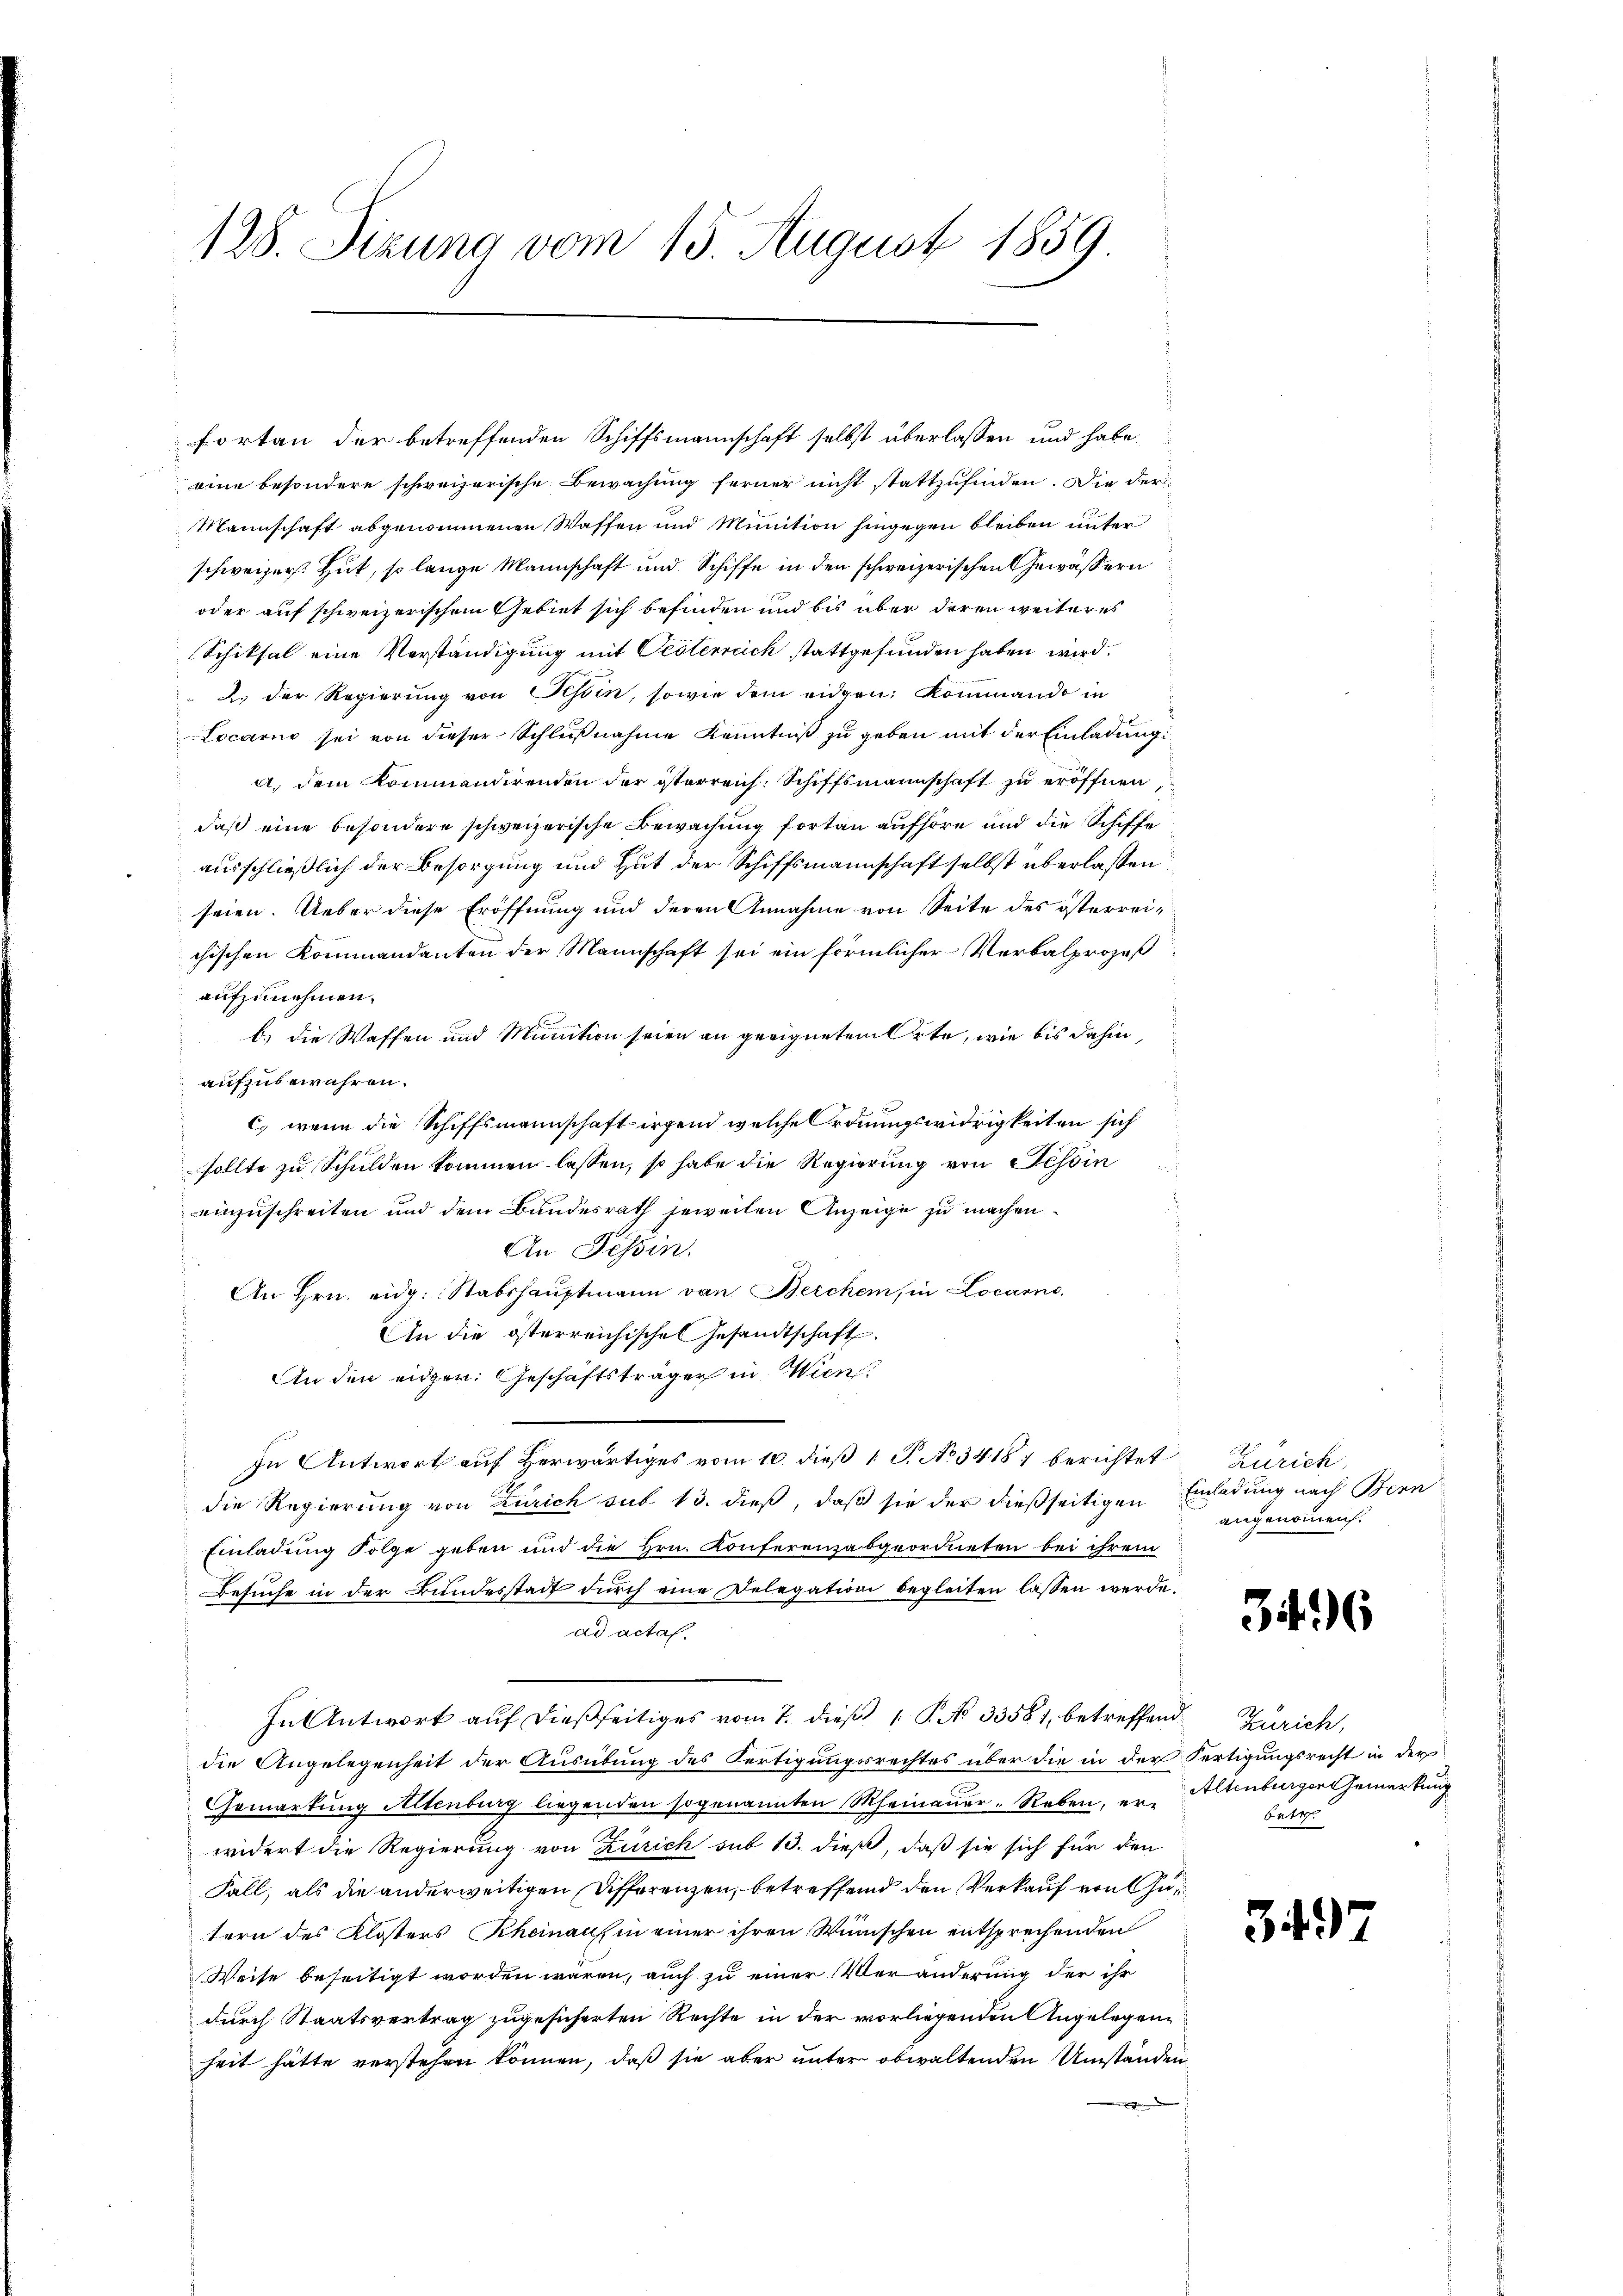
128. Sizung vom 15. August 1859.

fortan der betreffenden Schiffsmannschaft selbst überlassen und habe
eine besondere schweizerische Bewachung ferner nicht stattzufinden. Die der
Mannschaft abgenommenen Waffen und Munition hingegen bleiben unter
schweizer. Hut, so lange Mannschaft und Schiffe in den schweizerischen Gewässern
oder auf schweizerischem Gebiet sich befinden und bis über deren weiteres
Schiksal eine Verständigung mit Oesterreich stattgefunden haben wird.
2. der Regierŭng von Tessin, sowie dem eidgen: Kommando in
Locarno sei von dieser Schlußnahme Kenntniß zu geben mit der Einladung
a. dem Kommandirenden der österreich: Schiffsmannschaft zu eröffnen
daß eine besondere schweizerische Bewachung fortan aufhöre und die Schiffe
ausschließlich der Besorgung und Gut der Schiffsmannschaft selbst überlassen
seien. Ueber diese Eröffnung und deren Annahme von Seite des österreichischen Kommandanten der Mannschaft sei ein förmlicher Verbalprozeß
aufzunehmen.
b. die Waffen und Munition seien an geeigneten Orte, wie bis dahin,
aufzubewahren.
c) wenn die Schiffsmannschaft irgend welche Ordnungswidrigkeiten sich
sollte zu Schulden kommen lassen, so habe die Regierung von Tessin
inzuschreiten und dem Bundesrath jeweilen Anzeige zu machen
An Tessin
An Hrn. eidg. Stabshauptmann von Beichem, in Locarno,
An die österreichische Gesandtschaft.
An den eidgen. Geschäftsträger in Wien.
In Antwort auf herwärtiges vom 10. dieß 1 S. No 34181 berichtet Zürich
die Regierung von Zürich sut 13. dieß, daß sie der dießseitigen Einladung nach Bern
Einladung Folge geben und die Hrn. Konferenzabgeordneten bei ihrem
Besuche in der Bundesstadt dŭrch eine Delegation begleiten lassen werde.
ad acta.
In Antwort auf dießseitiges vom 7. dieß 1 P. No 33581, betreffend Zürich,
die Angelegenheit der Ausübung des Fertigungsrechtes über die in der Fertigungsrecht in der
Gemarkung Altenburg liegenden sogenannten Rheinauer-Reben, er Altenburgergemerkung
widert die Regierung von Zürich sub 13. dieß, daß sie sich für den
Fall, als die anderweitigen Differenzen, betreffend den Verkauf von Zutern des Klosters Rheinauf in einer ihren Wünschen entsprechenden
Weise beseitigt worden wären, auch zu einer Veränderung der ihr
durch Staatsvertrag zugesicherten Rechte in der vorliegenden Angelegenheit hätte verstehen können, daß sie aber unter obwaltenden Umständen
h

d

angenommen.

3.

betr

349)

. 6